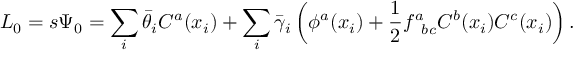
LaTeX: { \cal L } _ { 0 } = s \Psi _ { 0 } = \sum _ { i } \bar { \theta } _ { i } C ^ { a } ( x _ { i } ) + \sum _ { i } \bar { \gamma } _ { i } \left( \phi ^ { a } ( x _ { i } ) + { \frac { 1 } { 2 } } f _ { \phantom { a } b c } ^ { a } C ^ { b } ( x _ { i } ) C ^ { c } ( x _ { i } ) \right) .